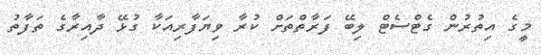
މީގެ އިތުރުން ގެޓްސެޓް ލިބޭ ފަރާތްތަށް ކުރާ ވިޔަފާރިއަކާ ގުޅޭ ދާއިރާގެ ތަފާތު